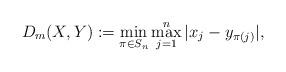
LaTeX: \begin{align*}D_m(X,Y):=\min_{\pi \in S_n} \max_{j=1}^n |x_j-y_{\pi(j)}|,\end{align*}